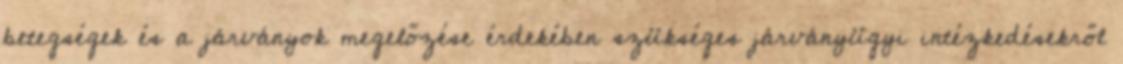
betegségek és a járványok megelőzése érdekében szükséges járványügyi intézkedésekről